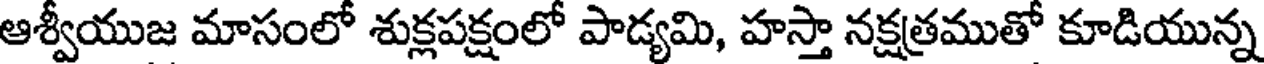
ఆశ్వీయుజ మాసంలో శుక్లపక్షంలో పాడ్యమి, హస్తా నక్షత్రముతో కూడియున్న